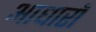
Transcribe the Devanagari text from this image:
आधारॉ